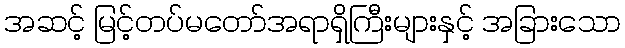
အဆင့် မြင့်တပ်မတော်အရာရှိကြီးများနှင့် အခြားသော